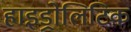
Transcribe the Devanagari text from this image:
हाइड्रोलिटिक